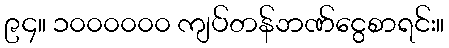
၉၄။ ၁၀၀၀၀၀၀ ကျပ်တန်ဘဏ်ငွေစာရင်း။